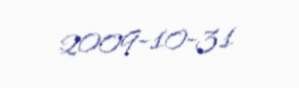
2009-10-31